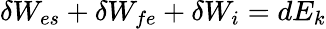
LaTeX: \delta W_{es}+\delta W_{fe}+\delta W_{i}=dE_{k}